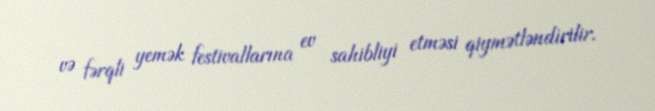
və fərqli yemək festivallarına ev sahibliyi etməsi qiymətləndirilir.